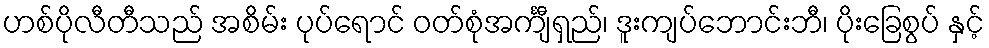
ဟစ်ပိုလီတီသည် အစိမ်း ပုပ်ရောင် ဝတ်စုံအင်္ကျီရှည်၊ ဒူးကျပ်ဘောင်းဘီ၊ ပိုးခြေစွပ် နှင့်